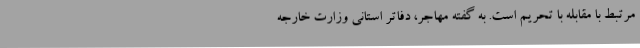
مرتبط با مقابله با تحریم است. به گفته مهاجر، دفاتر استانی وزارت خارجه